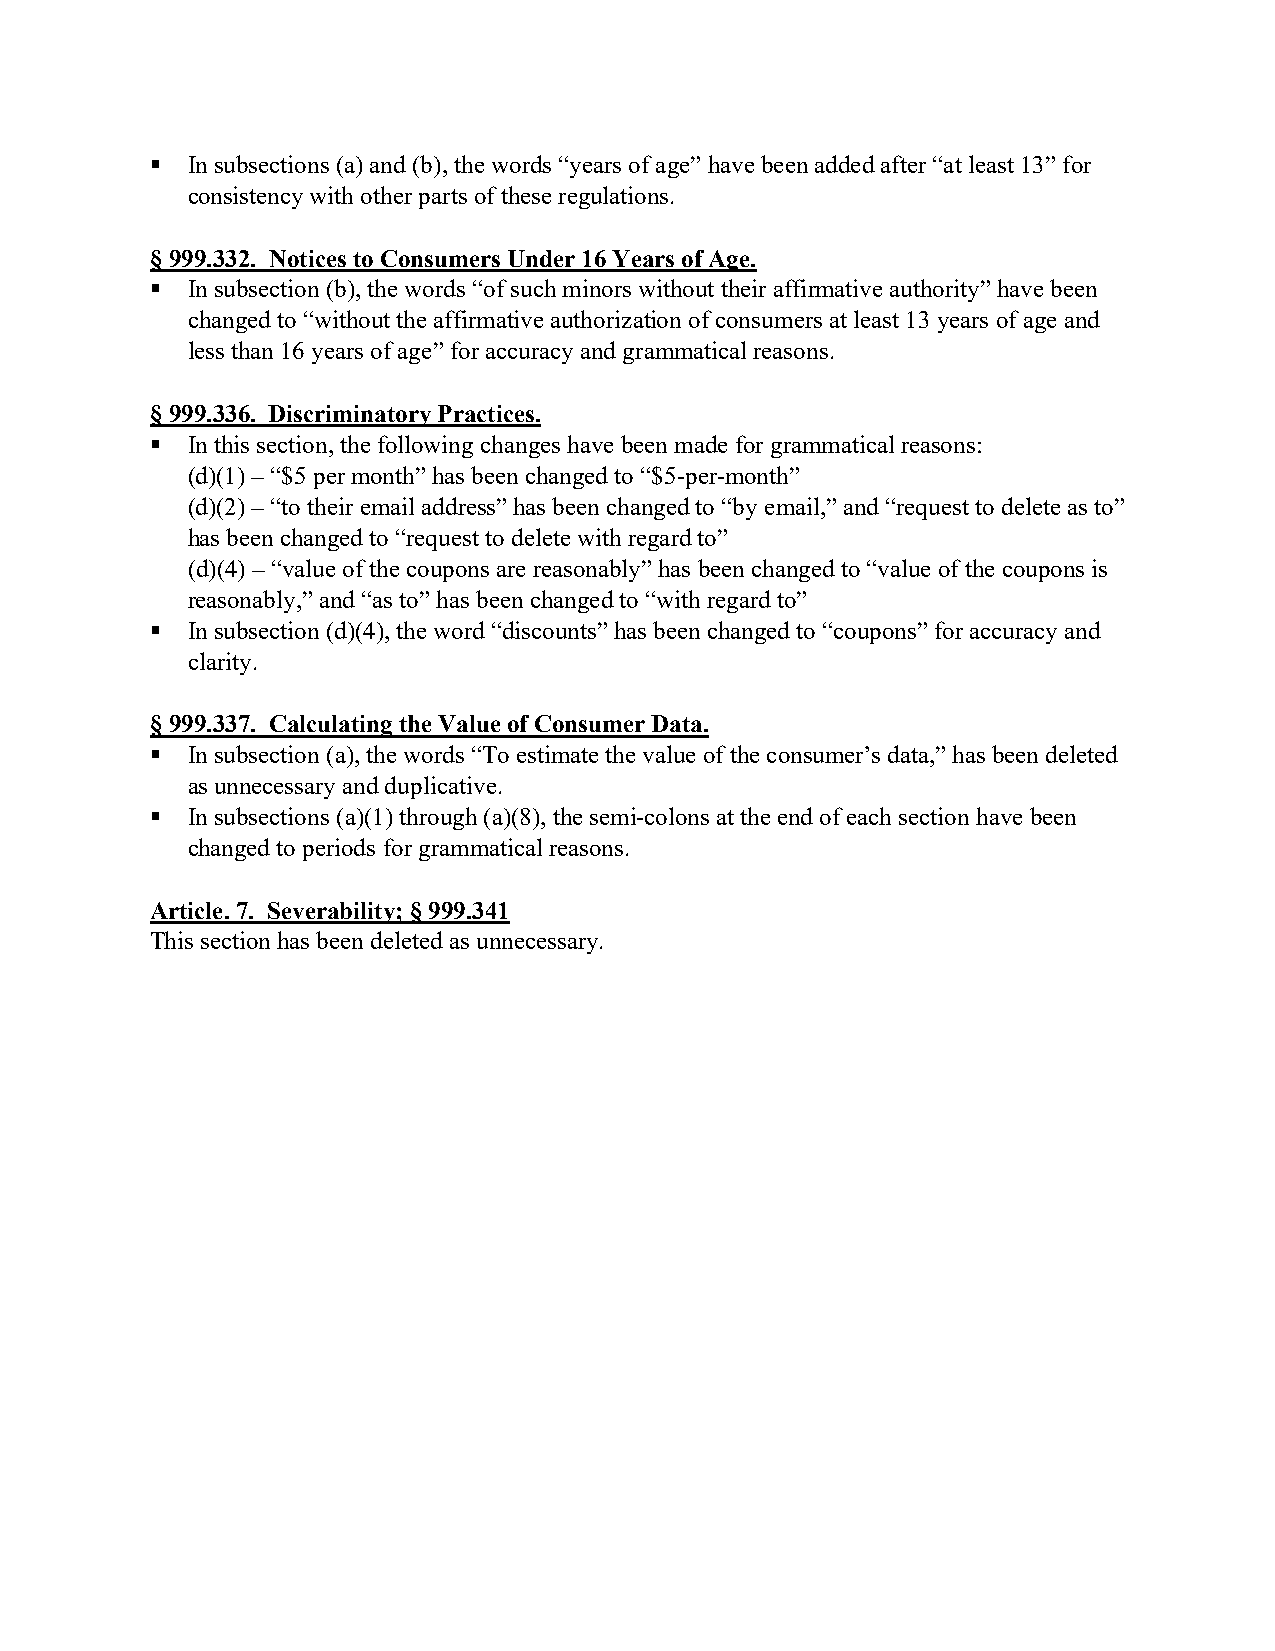
 In subsections (a) and (b), the words “years of age” have been added after “at least 13” for
 consistency with other parts of these regulations.
 § 999.332. Notices to Consumers Under 16 Years of Age.
  In subsection (b), the words “of such minors without their affirmative authority” have been
 changed to “without the affirmative authorization of consumers at least 13 years of age and
 less than 16 years of age” for accuracy and grammatical reasons.
 § 999.336. Discriminatory Practices.
  In this section, the following changes have been made for grammatical reasons:
 (d)(1) – “$5 per month” has been changed to “$5-per-month”
 (d)(2) – “to their email address” has been changed to “by email,” and “request to delete as to”
 has been changed to “request to delete with regard to”
 (d)(4) – “value of the coupons are reasonably” has been changed to “value of the coupons is
 reasonably,” and “as to” has been changed to “with regard to”
  In subsection (d)(4), the word “discounts” has been changed to “coupons” for accuracy and
 clarity.
 § 999.337. Calculating the Value of Consumer Data.
  In subsection (a), the words “To estimate the value of the consumer’s data,” has been deleted
 as unnecessary and duplicative.
  In subsections (a)(1) through (a)(8), the semi-colons at the end of each section have been
 changed to periods for grammatical reasons.
 Article. 7. Severability; § 999.341
 This section has been deleted as unnecessary.